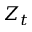
Z _ { t }